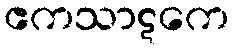
ဧကသာဋကေ